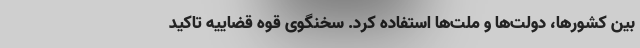
بین کشورها، دولت‌ها و ملت‌ها استفاده کرد. سخنگوی قوه قضاییه تاکید